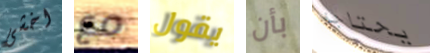
اخشى مع يقول بأن يحتاجه